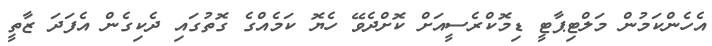
އެހެންކަމުން މަލްޓިޕާޓީ ޑިމޮކްރެސީއަށް ކޮށްދެވޭ ހެޔޮ ކަމެއްގެ ގޮތުގައި ދެކިގެން އެފަދަ ޒާތީ